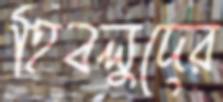
হিবলুদের